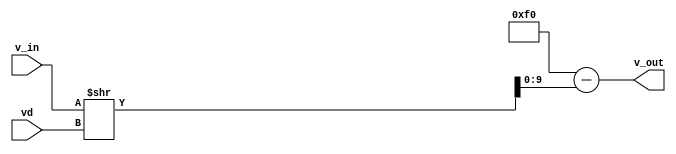
module volt_div(input signed [8:0] v_in, input [1:0] vd, output [9:0] v_out);
	assign v_out = 240 - (v_in >> vd);
endmodule